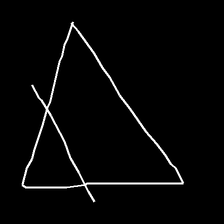
Glyph: empower